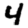
Digit: 4